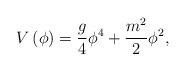
LaTeX: \begin{align*}V\left(\phi\right)={g \over 4}\phi^4+{m^2 \over 2}\phi^2,\end{align*}